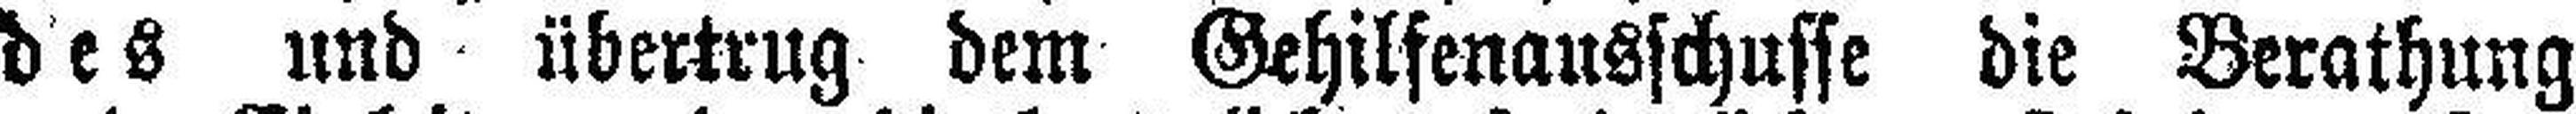
des und übertrug dem Gehilfenausschusse die Berathung